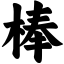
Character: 棒